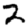
Digit: 2